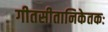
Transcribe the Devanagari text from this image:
गीतसीतानिकेतकः